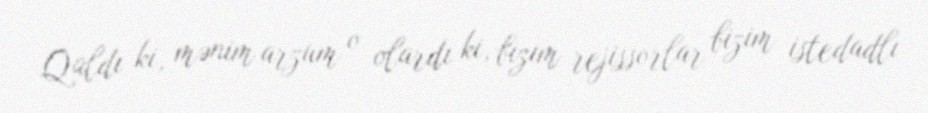
Qaldı ki, mənim arzum o olardı ki, bizim rejissorlar bizim istedadlı